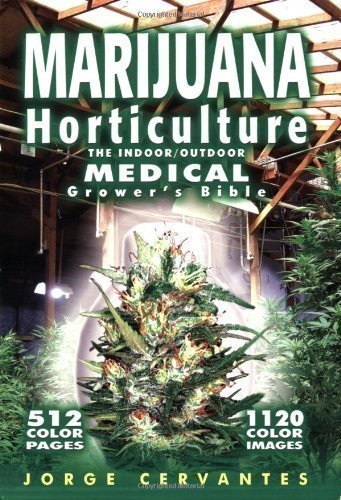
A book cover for Marijuana Horticulture: The Indoor/outdoor Medical Grower's Bible by Cervantes, Jorge 5th (fifth) Edition (2007); Crafts, Hobbies & Home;